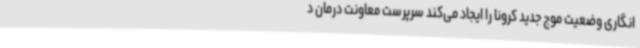
انگاری وضعیت موج جدید کرونا را ایجاد می‌کند سرپرست معاونت درمان د